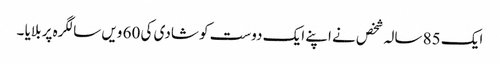
ایک 85 سالہ شخص نے اپنے ایک دوست کو شادی کی 60 ویں سالگرہ پر بلایا ۔